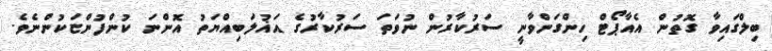
ބިލްގައިވާ ގޮތުން އެއާޕޯޓް ހިންގަންވާނީ ސަރުކާރުން ނުވަތަ ސަރުކާރުގެ އަޣުލަބިއްޔަތު އޮންނަ ކުންފުންޏަކުންނެވެ.